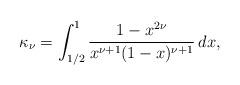
LaTeX: \begin{align*} \kappa _{\nu } =\int _{1/2}^{1}\frac{1-x^{2\nu }}{x^{\nu +1}(1-x)^{\nu +1}}\,dx, \end{align*}